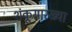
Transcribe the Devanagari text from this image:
शंकूसारख्या